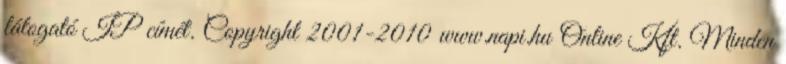
látogató IP címét. Copyright 2001-2010 www.napi.hu Online Kft. Minden